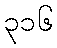
၃၁၆